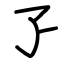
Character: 孒